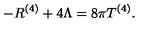
- R ^ { ( 4 ) } + 4 \Lambda = 8 \pi T ^ { ( 4 ) } .